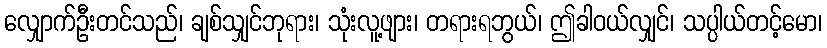
လျှောက်ဦးတင်သည်၊ ချစ်သျှင်ဘုရား၊ သုံးလူ့ဖျား၊ တရားရဘွယ်၊ ဤခါဝယ်လျှင်၊ သပ္ပါယ်တင့်မော၊